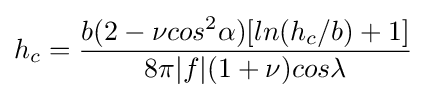
h_{c}={\frac {b(2-\nu cos^{2}\alpha )[ln(h_{c}/b)+1]}{8\pi |f|(1+\nu )cos\lambda }}